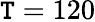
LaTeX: \mathtt{T}=120